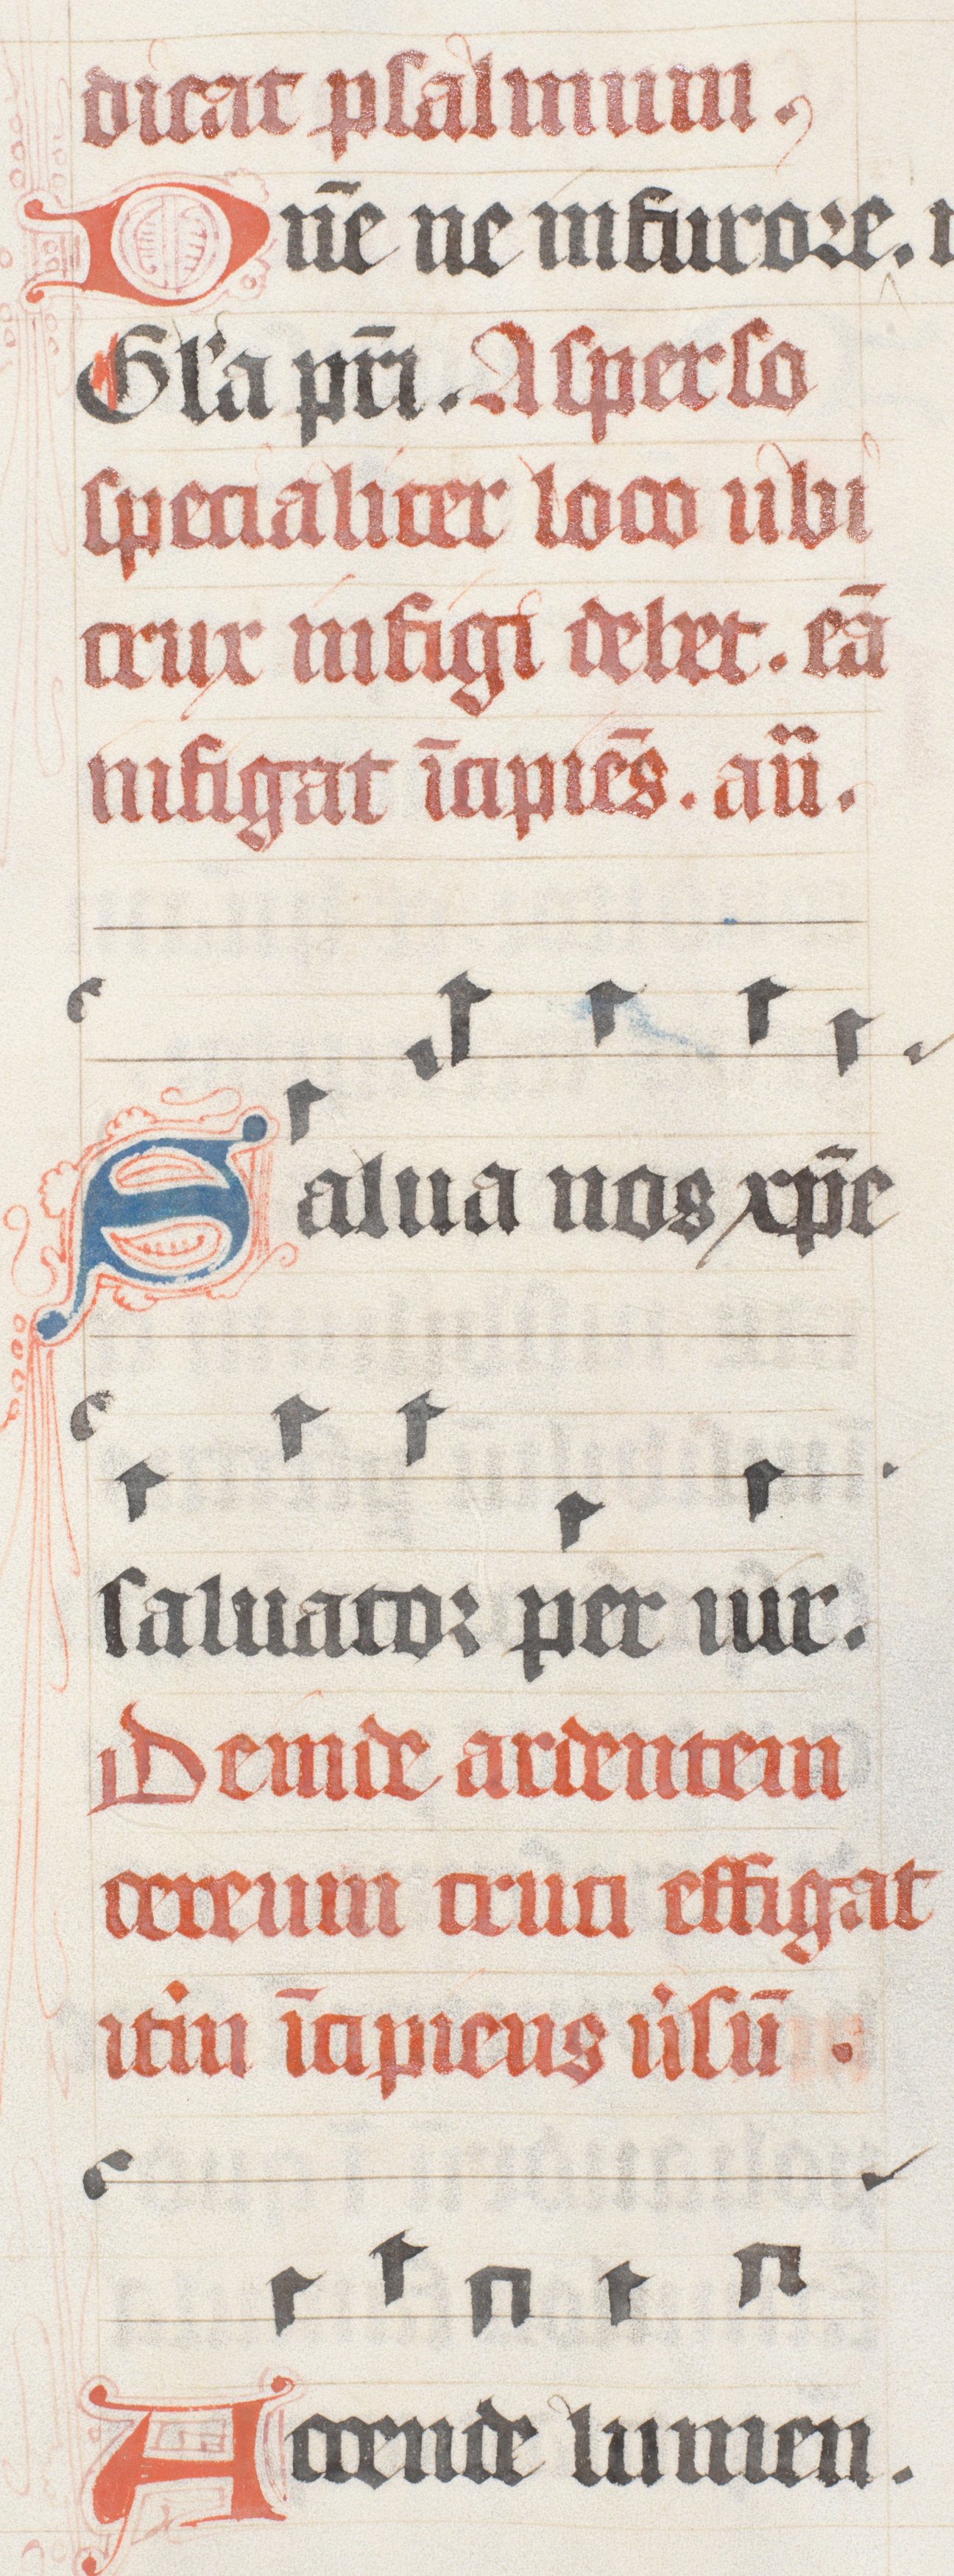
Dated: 1447–1478